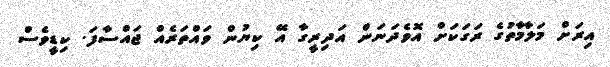
އިރަށް މަލާމާތުގެ ރަަގަކަށް އޮވެދަަނަން އަދިރީގާ އޭ ކިޔުން ވައްތަރެއް ޖައްސާފަ. ކިޑީވެސް